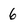
Character: 6